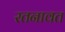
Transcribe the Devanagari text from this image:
रतनावत